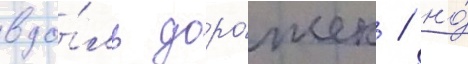
вдо́ль доро́жек / но́